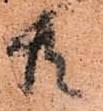
共